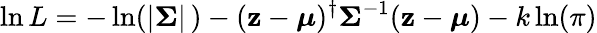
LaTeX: \ln L=-\ln(|{\boldsymbol{\Sigma}}|\, )-(\mathbf{z}-{\boldsymbol{\mu}})^{\dagger}{\boldsymbol{\Sigma}}^{-1}(\mathbf{z}-{\boldsymbol{\mu}})-k\ln(\pi)